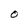
Character: O